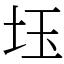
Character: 𡊩